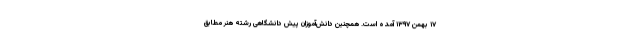
۱۷ بهمن ۱۳۹۷ آمده است. همچنین دانش‌آموزان پیش دانشگاهی رشته هنر مطابق